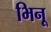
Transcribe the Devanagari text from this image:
भिनू